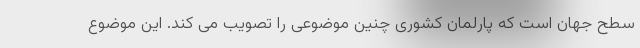
سطح جهان است که پارلمان کشوری چنین موضوعی را تصویب می کند. این موضوع